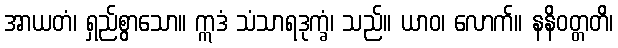
အာယတံ၊ ရှည်စွာသော။ ဣဒံ သံသာရဒုက္ခံ၊ သည်။ ယာဝ၊ လောက်။ နနိဝတ္တတိ၊